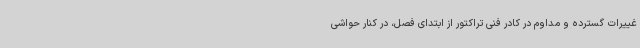
غییرات گسترده و مداوم در کادر فنی تراکتور از ابتدای فصل، در کنار حواشی